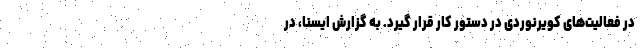
در فعالیت‌های کویرنوردی در دستور کار قرار گیرد. به گزارش ایسنا، در